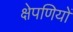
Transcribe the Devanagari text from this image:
क्षेपणियों